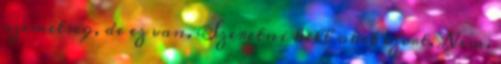
szemetseg, de ez van. Szeretni kell oket ezert. Nem.